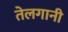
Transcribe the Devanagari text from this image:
तेलगानी